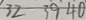
3 2 3 9 4 0